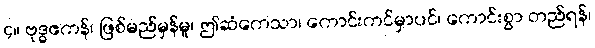
၄။ ဗုဒ္ဓဧကန်၊ ဖြစ်မည်မှန်မူ၊ ဤဆံကေသာ၊ ကောင်းကင်မှာပင်၊ ကောင်းစွာ တည်ရန်၊